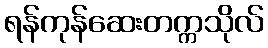
ရန်ကုန်ဆေးတက္ကသိုလ်